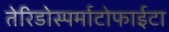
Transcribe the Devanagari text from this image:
तेरिडोस्पर्माटोफाईटा